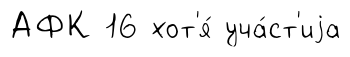
АФК 16 хот'я́ уча́ст'иjа